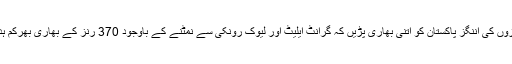
ان تینوں بلے بازوں کی اننگز پاکستان کو اتنی بھاری پڑیں کہ گرانٹ ایلیٹ اور لیوک رونکی سے نمٹنے کے باوجود 370 رنز کے بھاری بھرکم ہدف تلے دب گیا۔